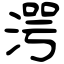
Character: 湂